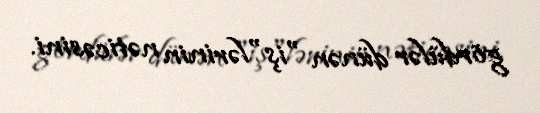
gördülər dünən "iş"lərinin nəticəsini.